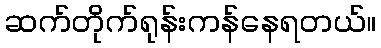
ဆက်တိုက်ရုန်းကန်နေရတယ်။